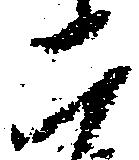
二